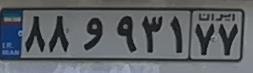
۸۸و۹۳۱۷۷